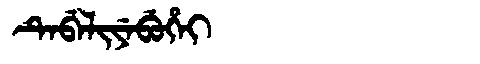
Manchu: ᡨᡝᠪᡝᠯᡳᠶᡝᠪᡠᡥᡝᡳ
Romanization: TEBELIYEBUHEI